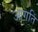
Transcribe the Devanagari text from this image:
आगति